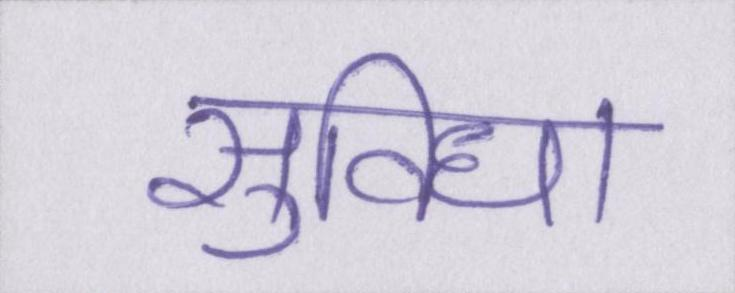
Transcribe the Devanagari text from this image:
सुविधा